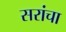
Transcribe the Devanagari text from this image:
सरांचा